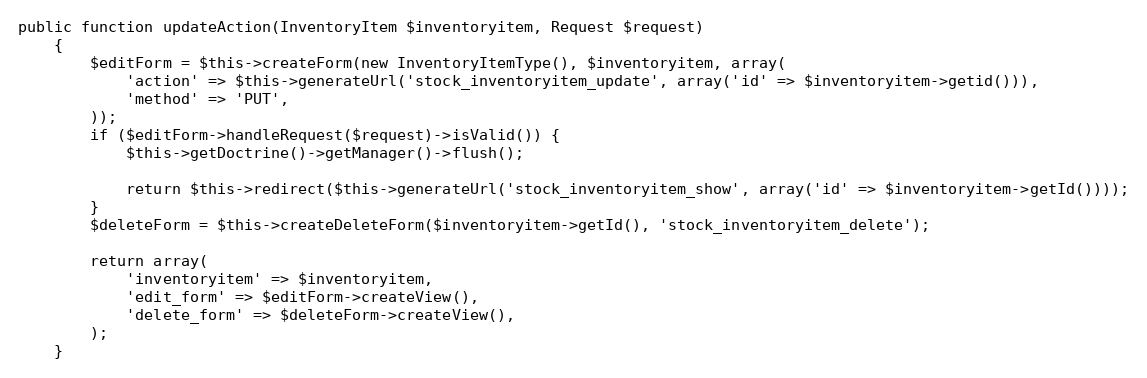
Language: PHP
public function updateAction(InventoryItem $inventoryitem, Request $request)
    {
        $editForm = $this->createForm(new InventoryItemType(), $inventoryitem, array(
            'action' => $this->generateUrl('stock_inventoryitem_update', array('id' => $inventoryitem->getid())),
            'method' => 'PUT',
        ));
        if ($editForm->handleRequest($request)->isValid()) {
            $this->getDoctrine()->getManager()->flush();

            return $this->redirect($this->generateUrl('stock_inventoryitem_show', array('id' => $inventoryitem->getId())));
        }
        $deleteForm = $this->createDeleteForm($inventoryitem->getId(), 'stock_inventoryitem_delete');

        return array(
            'inventoryitem' => $inventoryitem,
            'edit_form' => $editForm->createView(),
            'delete_form' => $deleteForm->createView(),
        );
    }